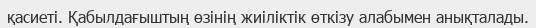
қасиеті. Қабылдағыштың өзінің жиіліктік өткізу алабымен анықталады.